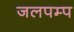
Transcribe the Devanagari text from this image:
जलपम्प